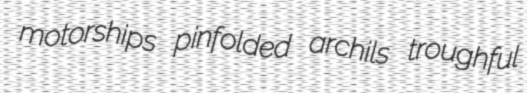
motorships pinfolded archils troughful